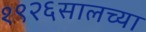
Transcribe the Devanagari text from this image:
१९२६सालच्या